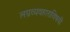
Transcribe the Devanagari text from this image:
लग्नव्यवहाराविषयी